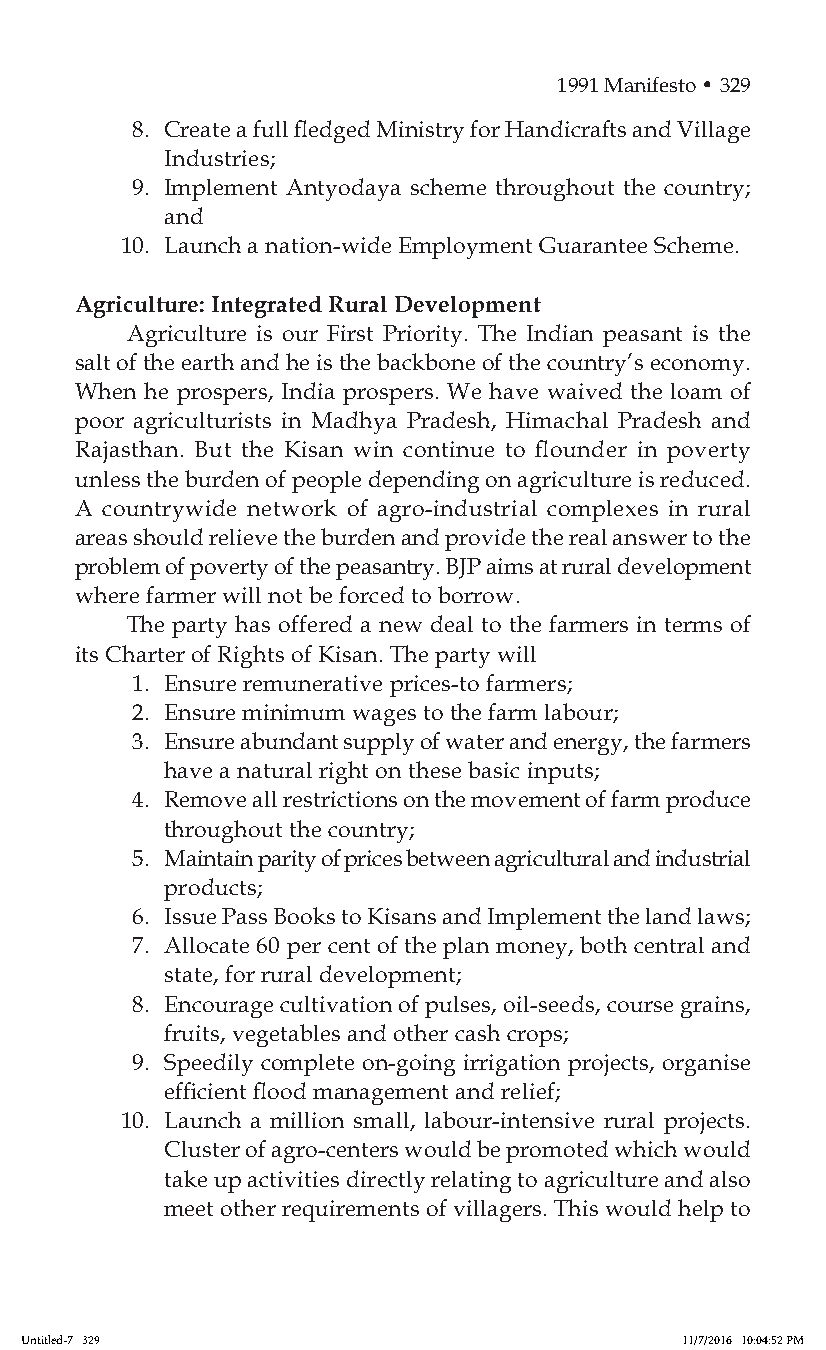
1991 Manifesto • 329
 8. Create a full fledged Ministry for Handicrafts and Village
 Industries;
 9. Implement Antyodaya scheme throughout the country;
 and
 10. Launch a nation-wide Employment Guarantee Scheme.
 Agriculture: Integrated Rural Development
 Agriculture is our First Priority. The Indian peasant is the
 salt of the earth and he is the backbone of the country’s economy.
 When he prospers, India prospers. We have waived the loam of
 poor agriculturists in Madhya Pradesh, Himachal Pradesh and
 Rajasthan. But the Kisan win continue to flounder in poverty
 unless the burden of people depending on agriculture is reduced.
 A countrywide network of agro-industrial complexes in rural
 areas should relieve the burden and provide the real answer to the
 problem of poverty of the peasantry. BJP aims at rural development
 where farmer will not be forced to borrow.
 The party has offered a new deal to the farmers in terms of
 its Charter of Rights of Kisan. The party will
 1. Ensure remunerative prices-to farmers;
 2. Ensure minimum wages to the farm labour;
 3. Ensure abundant supply of water and energy, the farmers
 have a natural right on these basic inputs;
 4. Remove all restrictions on the movement of farm produce
 throughout the country;
 5. Maintain parity of prices between agricultural and industrial
 products;
 6. Issue Pass Books to Kisans and Implement the land laws;
 7. Allocate 60 per cent of the plan money, both central and
 state, for rural development;
 8. Encourage cultivation of pulses, oil-seeds, course grains,
 fruits, vegetables and other cash crops;
 9. Speedily complete on-going irrigation projects, organise
 efficient flood management and relief;
 10. Launch a million small, labour-intensive rural projects.
 Cluster of agro-centers would be promoted which would
 take up activities directly relating to agriculture and also
 meet other requirements of villagers. This would help to
 Untitled-7 329                              11/7/2016 10:04:52 PM